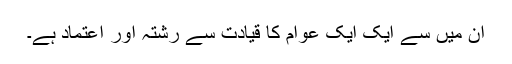
ان میں سے ایک ایک عوام کا قیادت سے رشتہ اور اعتماد ہے۔